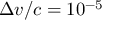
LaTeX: \Delta v / c = 1 0 ^ { - 5 }